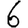
Digit: 6